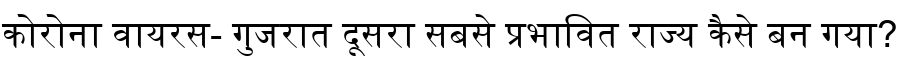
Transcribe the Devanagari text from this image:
कोरोना वायरस- गुजरात दूसरा सबसे प्रभावित राज्य कैसे बन गया?